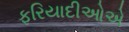
ફરિયાદીઓએ